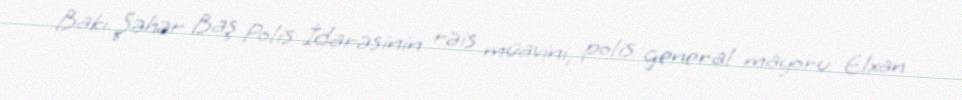
Bakı Şəhər Baş Polis İdarəsinin rəis müavini, polis general mayoru Elxan